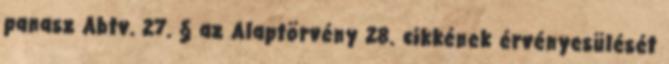
panasz Abtv. 27. § az Alaptörvény 28. cikkének érvényesülését